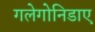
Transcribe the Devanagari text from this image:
गलेगोनिडाए